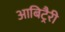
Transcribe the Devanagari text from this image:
आबिट्रैरी